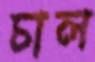
চাল